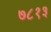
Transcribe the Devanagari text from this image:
७८१३